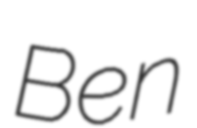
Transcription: Ben